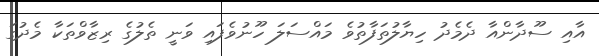
އާއި ސޫދާންއާ ދެމެދު ހިޔާލުތަފާތުވެ މައްސަލަ ހޫނުވެފައި ވަނީ ތެލުގެ ރިޒާވްތަކާ މެދުގަ